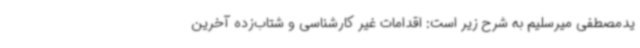
یدمصطفی میرسلیم به شرح زیر است: اقدامات غیر کارشناسی و شتاب‌زده آخرین